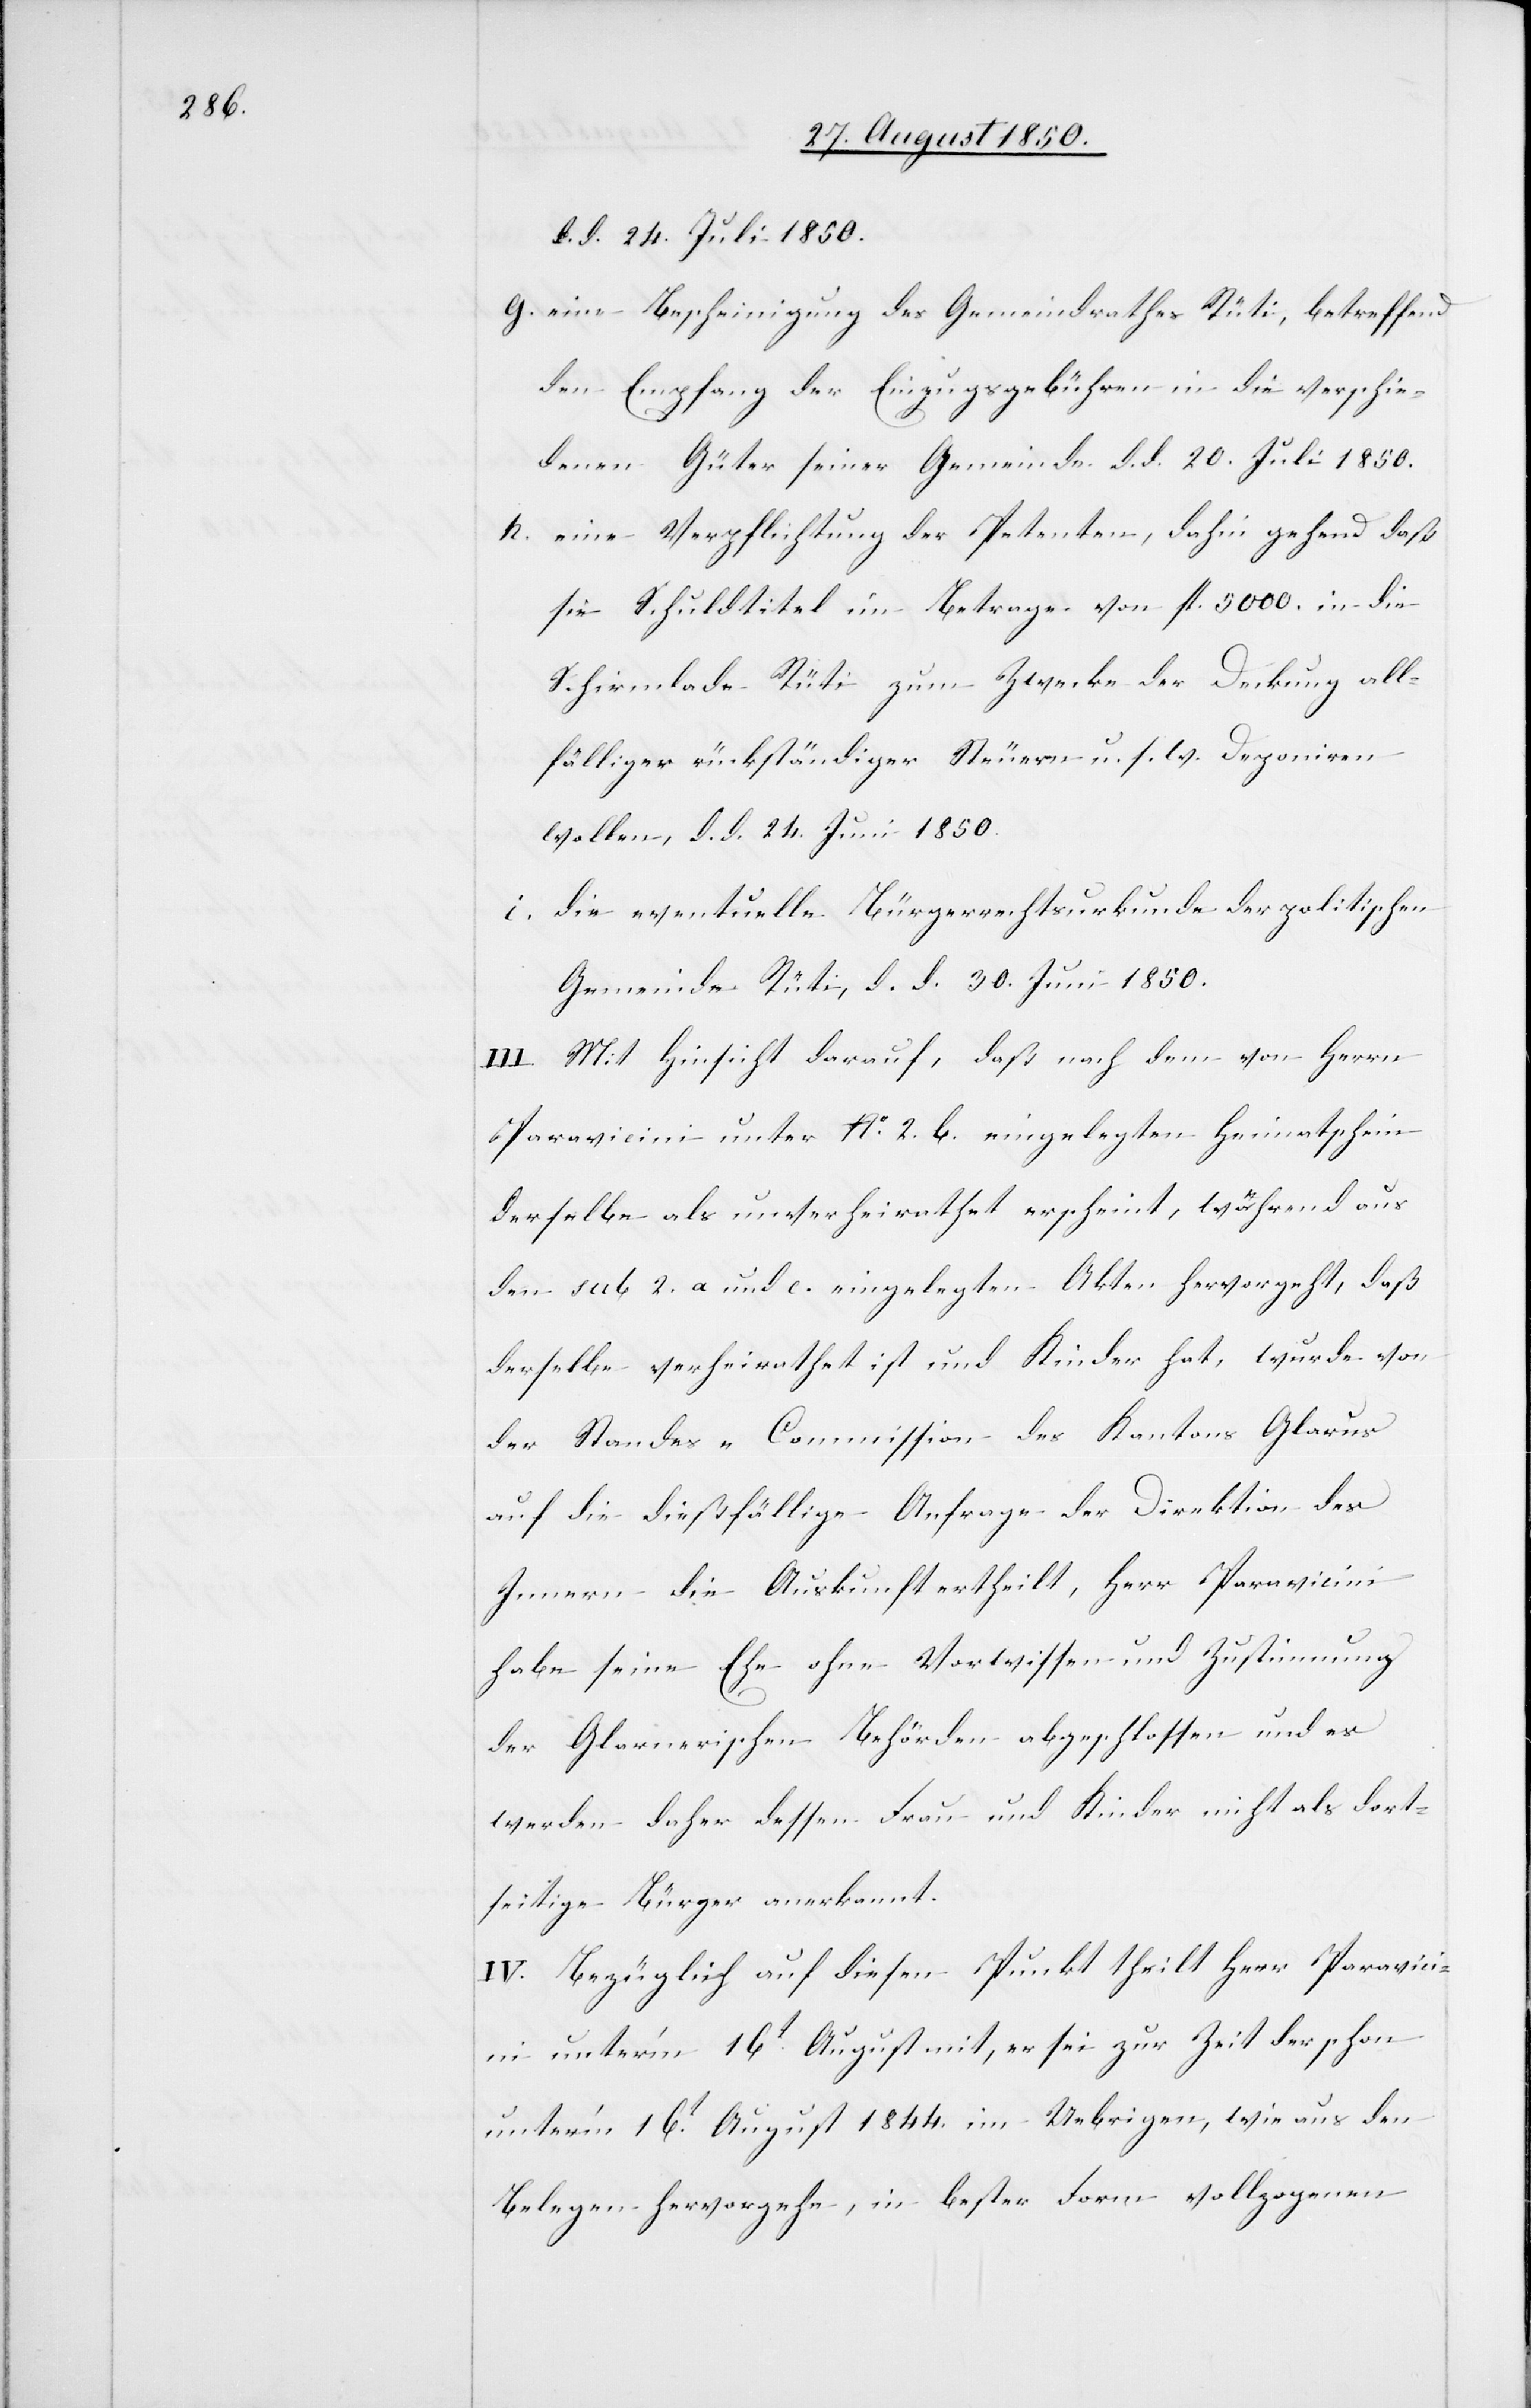
d. d. 24. Juli 1850.
g. eine Bescheinigung des Gemeindrathes Rüti, betreffend
den Empfang der Einzugsgebühren in die verschie¬
denen Güter seiner Gemeinde. d. d. 20. Juli 1850.
h. eine Verpflichtung der Petenten, dahin gehend daß
sie Schuldtitel im Betrage von fl. 5000. in die
Schirmlade Rüti zum Zwecke der Deckung all¬
fälliger rückständiger Steuern u. s. w. deponiren
wollen, d. d. 24. uni1850.
i. die eventuelle Bürgerrechtsurkunde der politischen
Gemeinde Rüti, d. d. 30. Juni 1850.
III. Mit Hinsicht darauf, daß nach dem von Herrn
Paravicini unter No. 2. b. eingelegten Heimatschein
derselbe als unverheirathet erscheint, während aus
den sub 2. a. und c. eingelegten Akten hervorgeht, daß
derselbe verheirathet ist und Kinder hat, wurde von
der Standes-Commission des Kantons Glarus
auf die dießfällige Anfrage der Direktion des
Innern die Auskunft ertheilt, Herr Paravicini
habe seine Ehe ohne Vorwissen und Zustimmung
der Glarnerischen Behörden abgeschlossen und es
werden daher dessen Frau und Kinder nicht als dort¬
seitige Bürger anerkannt.
IV. Bezüglich auf diesen Punkt theilt Herr Paravic¬
ini unter’m 16t August mit, er sei zur Zeit der schon
unter’m 16t August 1844. im Uebrigen, wie aus den
Belegen hervorgehe, in bester Form vollzogenen